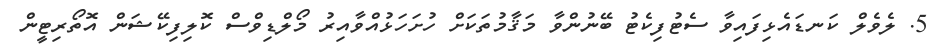
5. ލެވެލް ކަނޑައެޅިފައިވާ ސެޓުފިކެޓު ބޭނުންވާ މަޤާމުތަކަށް ހުށަހަޅުއްވާއިރު މޯލްޑިވްސް ކޮލިފިކޭޝަން އޮތޯރިޓީން